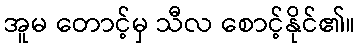
အူမ တောင့်မှ သီလ စောင့်နိုင်၏။